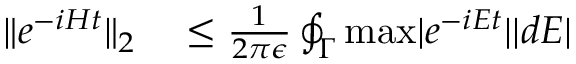
\begin{array} { r l } { \| e ^ { - i H t } \| _ { 2 } } & { { } \le \frac { 1 } { 2 \pi \epsilon } \oint _ { \Gamma } \mathrm { m a x } | e ^ { - i E t } | | d E | } \end{array}